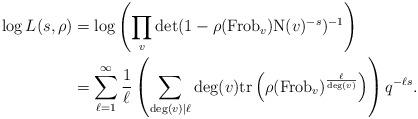
LaTeX: \begin{align*}\log L(s, \rho) &= \log \left(\prod_{v} \det(1-\rho(\mathrm{Frob}_{v}) \mathrm{N}(v)^{-s})^{-1} \right)\\& = \sum_{\ell = 1}^{\infty} \frac{1}{\ell} \left(\sum_{\deg(v) \mid \ell} \deg(v) \mathrm{tr} \left(\rho(\mathrm{Frob}_{v})^{\frac{\ell}{\deg(v)}} \right) \right) q^{-\ell s}.\end{align*}